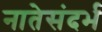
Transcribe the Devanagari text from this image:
नातेसंदर्भ